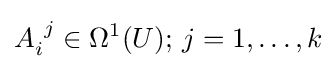
A_{i}^{\ j}\in \Omega ^{1}(U);\,j=1,\dots ,k